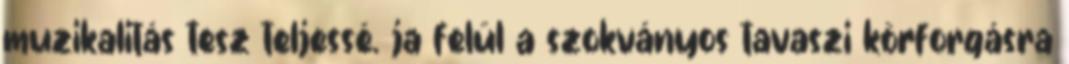
muzikalitás tesz teljessé. ja felül a szokványos tavaszi körforgásra